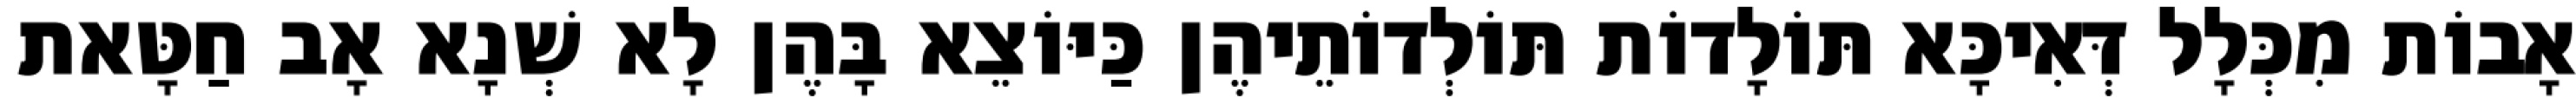
אָבוֹת מִכְּלָל דְּאִיכָּא תּוֹלָדוֹת תּוֹלְדוֹתֵיהֶן כַּיּוֹצֵא בָּהֶן לָא שְׁנָא אָב חַטָּאת